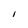
Character: I